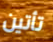
تأتين